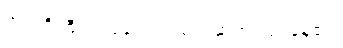
အရာရှိကြီးက ခေါင်းတဆတ်ဆတ် လုပ်နေ၏။